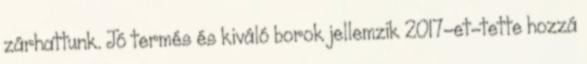
zárhattunk. Jó termés és kiváló borok jellemzik 2017-et-tette hozzá